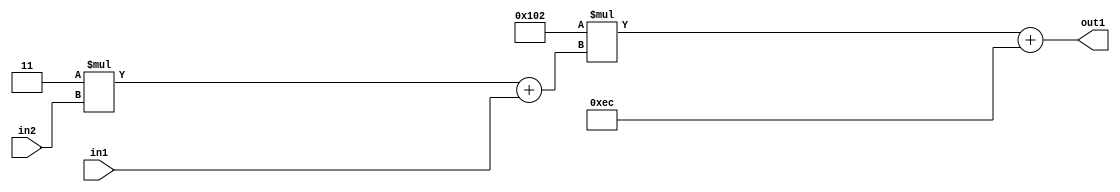
`timescale 1ps / 1ps
/*****************************************************************************
    Verilog RTL Description
    
    
    Created by: Stratus DpOpt 2019.1.01 
*******************************************************************************/

module DC_Filter_Add2i236Mul2i258Add2u1Mul2i3u2_4 (
	in2,
	in1,
	out1
	); /* architecture "behavioural" */ 
input [1:0] in2;
input  in1;
output [11:0] out1;
wire [11:0] asc001;
wire [3:0] asc002;

wire [3:0] asc002_tmp_0;
assign asc002_tmp_0 = 
	+(4'B0011 * in2);
assign asc002 = asc002_tmp_0
	+(in1);

wire [11:0] asc001_tmp_1;
assign asc001_tmp_1 = 
	+(12'B000100000010 * asc002);
assign asc001 = asc001_tmp_1
	+(12'B000011101100);

assign out1 = asc001;
endmodule

/* CADENCE  v7X1TQA= : u9/ySgnWtBlWxVPRXgAZ4Og= ** DO NOT EDIT THIS LINE ******/